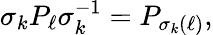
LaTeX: \sigma_{k}P_{\ell}\sigma_{k}^{-1}=P_{\sigma_{k}(\ell)},